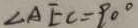
\angle A E C = 9 0 ^ { \circ }